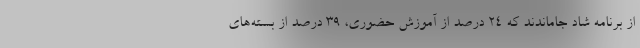
از برنامه شاد جاماندند که ۲۴ درصد از آموزش حضوری، ۳۹ درصد از بسته‌های